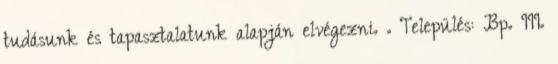
tudásunk és tapasztalatunk alapján elvégezni. . Település: Bp. III.